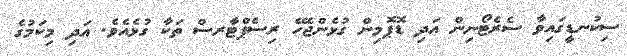
ސިކުނޑީގައިވާ ސެރެޓޯނިން އަދި ޑޮޕޮމިން ގުޅެންޖެހޭ ރިސެޕްޓާރސް ތަކާ ގުޅެއެވެ. އަދި މިކަމުގެ